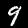
Label: 9